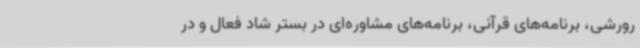
رورشی، برنامه‌های قرآنی، برنامه‌های مشاوره‌ای در بستر شاد فعال و در